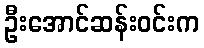
ဦးအောင်ဆန်းဝင်းက